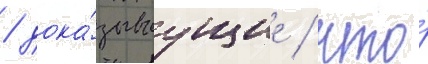
/ дока́зываущие / что́